Annual report on the mental hospital in the Central Provinces and Berar (Nagpur) - 1927-1951
Year: 1927
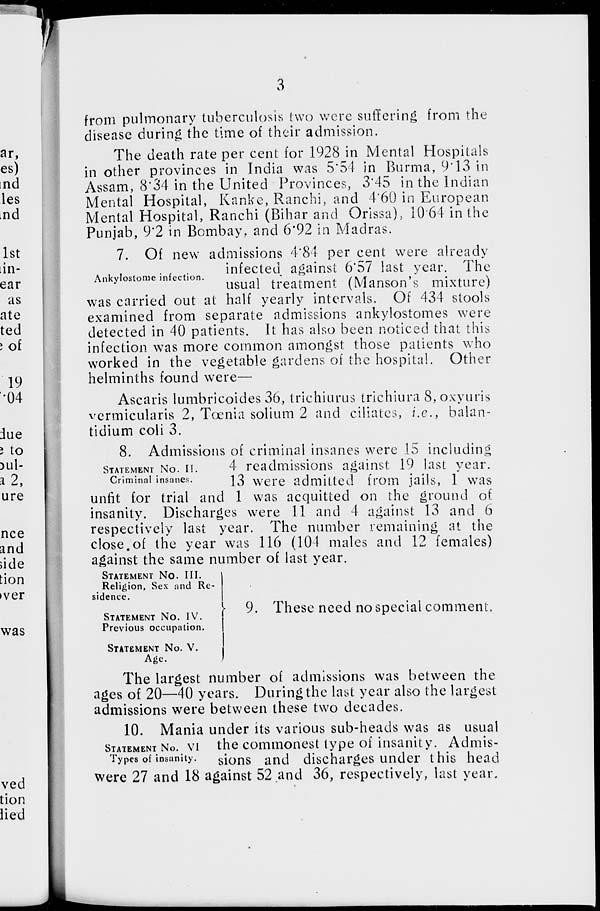
3
from pulmonary tuberculosis two were suffering from the
disease during the time of their admission.
The death rate per cent for 1928 in Mental Hospitals
in other provinces in India was 5.54 in Burma, 9.13 in
Assam, 8.34 in the United Provinces, 3.45 in the Indian
Mental Hospital, Kanke, Ranchi, and 4.60 in European
Mental Hospital, Ranchi (Bihar and Orissa), 10.64 in the
Punjab, 9.2 in Bombay, and 6.92 in Madras.
Ankylostome infection.
7. Of new admissions 4.84 per cent were already
infected against 6.57 last year. The
usual treatment (Manson's mixture)
was carried out at half yearly intervals. Of 434 stools
examined from separate admissions ankylostomes were
detected in 40 patients. It has also been noticed that this
infection was more common amongst those patients who
worked in the vegetable gardens of the hospital. Other
helminths found were—
Ascaris lumbricoides 36, trichiurus trichiura 8, oxyuris
vermicularis 2, Tœnia solium 2 and ciliates, i.e., balan-
tidium coli 3.
STATEMENT NO. II.
Criminal insanes.
8. Admissions of criminal insanes were 15 including
4 readmissions against 19 last year.
13 were admitted from jails, 1 was
unfit for trial and 1 was acquitted on the ground of
insanity. Discharges were 11 and 4 against 13 and 6
respectively last year. The number remaining at the
close of the year was 116 (104 males and 12 females)
against the same number of last year.
STATEMENT NO. III.
Religion, Sex and Re-
sidence.
STATEMENT NO. IV.
Previous occupation.
STATEMENT NO. V.
Age.
9. These need no special comment.
STATEMENT NO. VI
Types of insanity.
The largest number of admissions was between the
ages of 20—40 years. During the last year also the largest
admissions were between these two decades.
10. Mania under its various sub-heads was as usual
the commonest type of insanity. Admis-
sions and discharges under this head
were 27 and 18 against 52 and 36, respectively, last year.